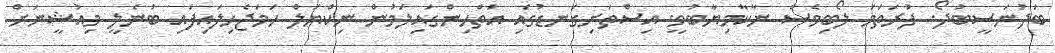
ބަދުނަސީބުދޯ. ފުރަތަމަ ލޯބިވެސް ނާކާމިޔާބުވީ. އިސްތަށިގަނޑުގައި އަތްހިންގައިލަމުން ނިކްޔަލް ހަމަޖެހިލައިފައި ބުނެލީ މިއުޝީނަށް